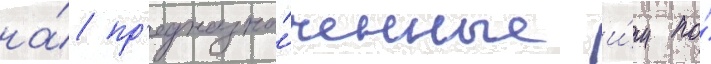
на́ пр'едназна́ченные и́м по́